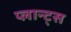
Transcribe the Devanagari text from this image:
प्लान्ट्स